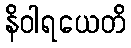
နိဝါရယေတိ